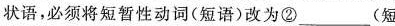
状语，必须将短暂性动词(短语)改为②___(短